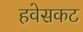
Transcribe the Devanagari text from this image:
हवेसकट